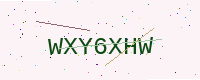
Text: WXY6XHW